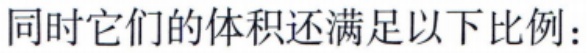
同时它们的体积还满足以下比例：